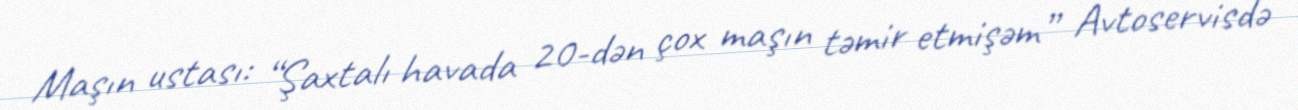
Maşın ustası: “Şaxtalı havada 20-dən çox maşın təmir etmişəm” Avtoservisdə